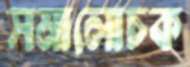
সমালোচক